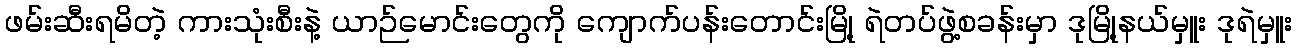
ဖမ်းဆီးရမိတဲ့ ကားသုံးစီးနဲ့ ယာဉ်မောင်းတွေကို ကျောက်ပန်းတောင်းမြို့ ရဲတပ်ဖွဲ့စခန်းမှာ ဒုမြို့နယ်မှူး ဒုရဲမှူး